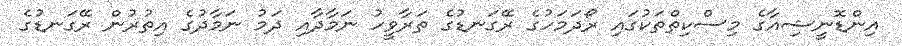
އިންޑޮނީޝިއާގެ މިސްކިތްތަކުގައި ރޯދަމަހުގެ ރޭގަނޑުގެ ތަރާވީހު ނަމާދާއި ދަމު ނަމާދުގެ އިތުރުން ރޭގަނޑުގެ